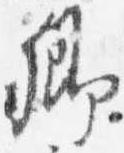
卿